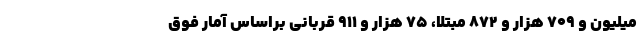
میلیون و ۷۰۹ هزار و ۸۷۲ مبتلا، ۷۵ هزار و ۹۱۱ قربانی براساس آمار فوق